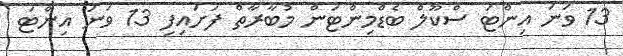
13 ވަނަ އިންޓަ ސްކޫލް ބެޑްމިންޓަން މުބާރާތް ފަށައިފި 13 ވަނަ އިންޓަ